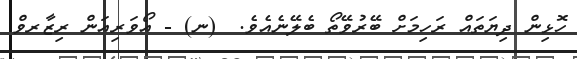
ހޮޅިން ދިޔަތައް ރަހިމަށް ބޭރުވޭތޯ ބެލޭނެއެވެ.  (ނ) - އޯވަރިއަން ރިޒާރވް